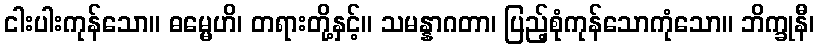
ငါးပါးကုန်သော။ ဓမ္မေဟိ၊ တရားတို့နှင့်။ သမန္နာဂတာ၊ ပြည့်စုံကုန်သောကုံသော။ ဘိက္ခုနီ၊